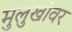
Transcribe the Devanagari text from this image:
मुलुखांवर